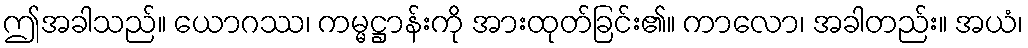
ဤအခါသည်။ ယောဂဿ၊ ကမ္မဋ္ဌာန်းကို အားထုတ်ခြင်း၏။ ကာလော၊ အခါတည်း။ အယံ၊